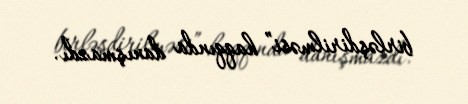
birləşdirilməsi” haqqında danışmazdı.